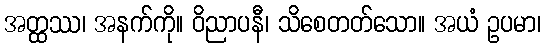
အတ္ထဿ၊ အနက်ကို။ ဝိညာပနီ၊ သိစေတတ်သော။ အယံ ဥပမာ၊